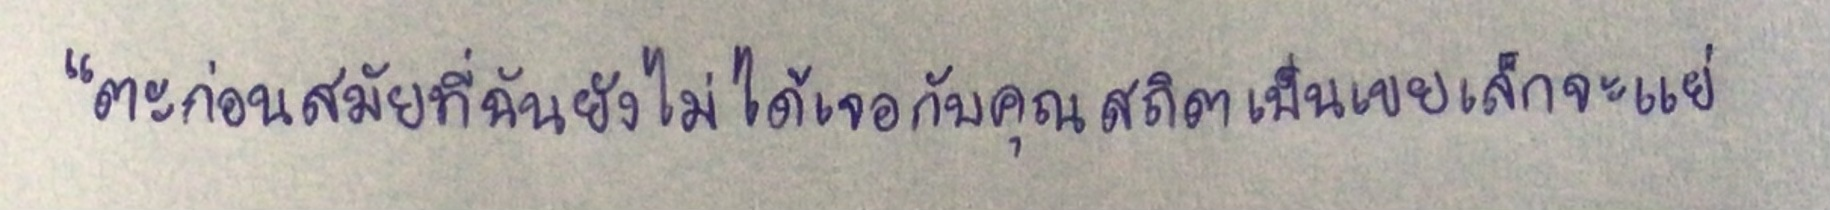
"ตะก่อนสมัยที่ฉันยังไม่ได้เจอกับคุณสถิตเป็นเขยเล็กจะแย่